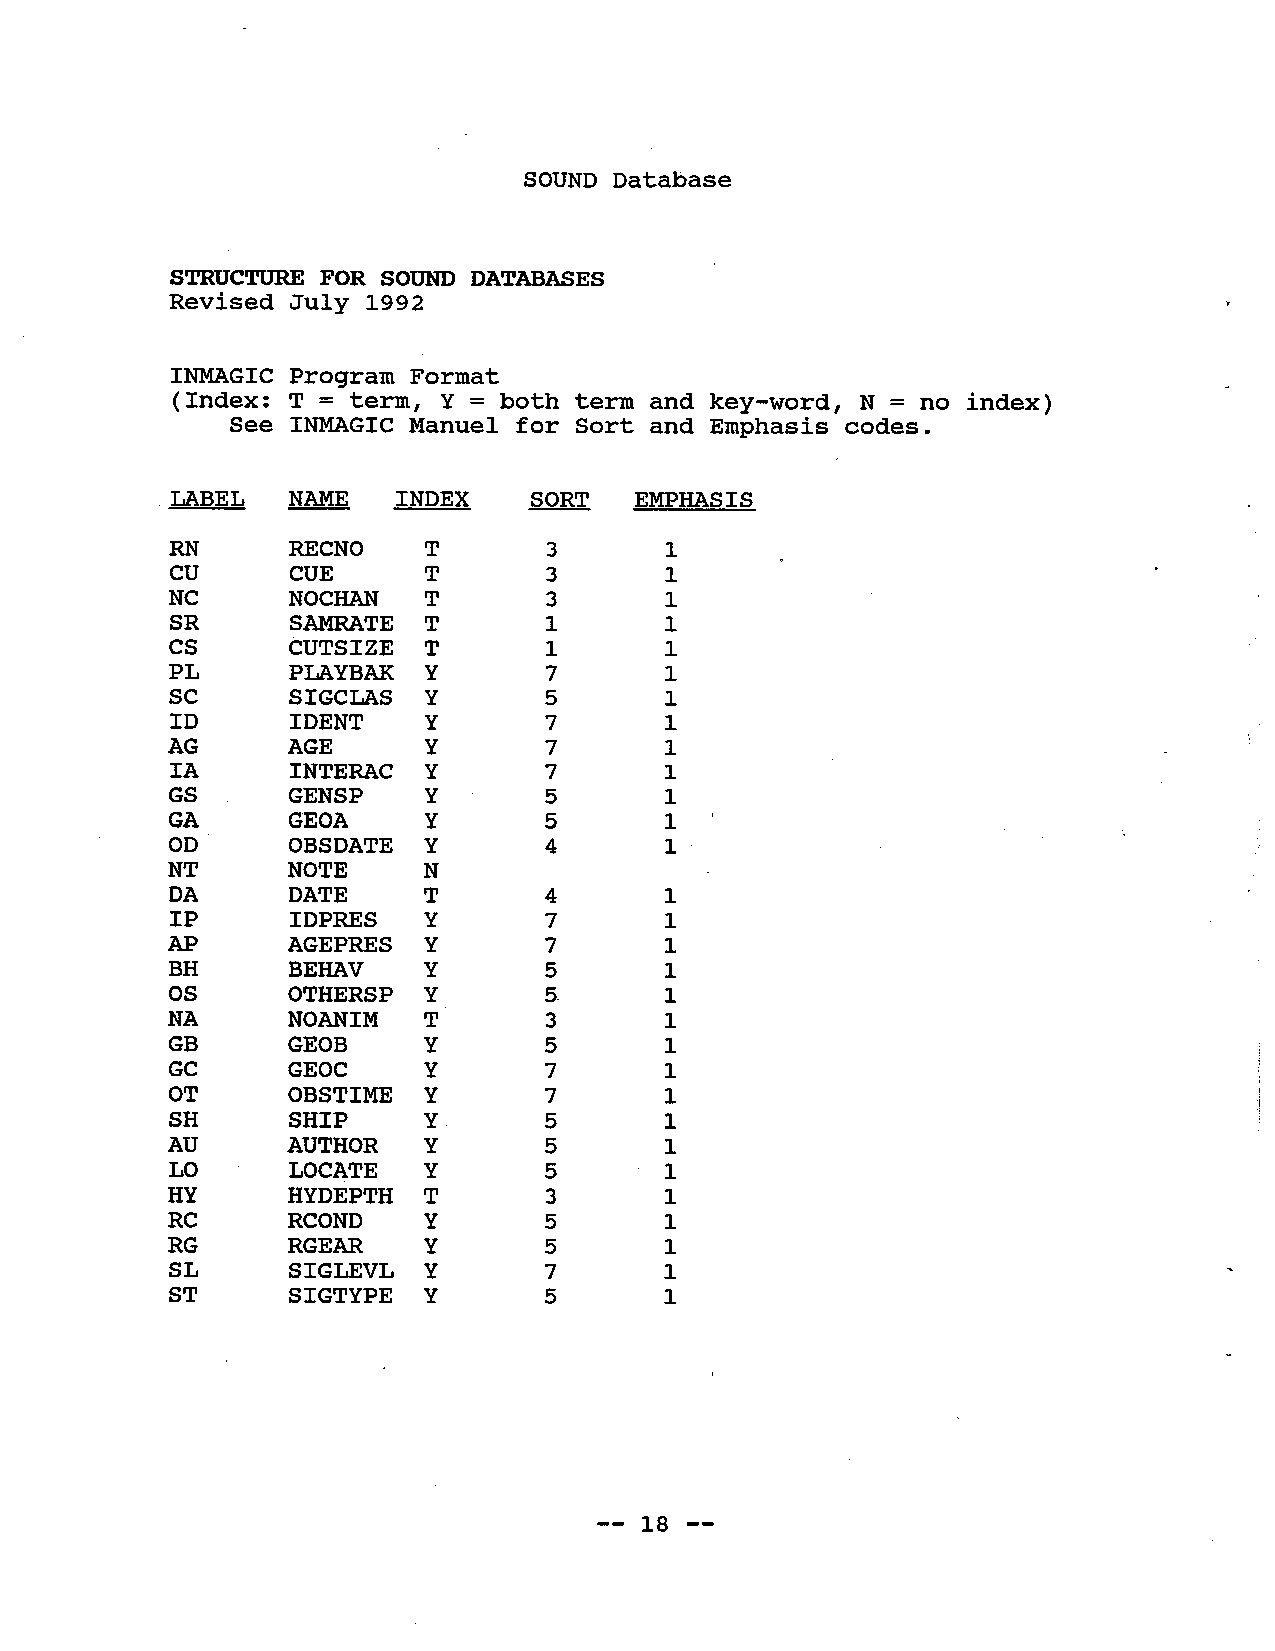
SOUND Database
 STRUCTU   FOR SOUN
 DATABASES
 Revised July 1992
 INMGIC  Program Format
 ( Index: T = term, Y = both term and key-word, N = no index)
 See INMGIC  Manuel  for Sort and Emphasis codes.
 LABEL   NAM    INDEX    SORT   EMPHASIS
 RN      RECNO    T       3       1
 CU      CUE      T       3       1
 NC      NOCHA    T       3       1
 SR      SAMTE    T       1       1
 CS      CUTSIZE  T       1       1
 PL      PLAYBAK  Y       7       1
 SC      SIGCLAS  Y       5       1
 ID      IDENT    Y       7       1
 i
 AG      AGE      Y       7
 IA      INTERAC  Y       7       1
 GS      GENSP    Y       5       1
 GA      GEOA     Y       5       1
 OD      OBSDATE  Y       4       1 '
 NT      NOTE     N
 DA      DATE     T       4       1
 IP      IDPRES   Y       7       1
 AP               Y       7       1
 AGE PRE S
 BH      BEHA V   Y       5       1
 OS      OTHERSP  Y       5       1
 NA      NOANIM   T       3       1
 GB      GEOB     Y       5       1
 GC      GEOC     Y       7       1
 OT      OBSTIME  Y       7       1
 SH      SHIP     Y       5       1
 AU      AUTHOR   Y       5       1
 LO      LOCATE   Y       5       1
 HY      HYDEPTH  T       3       1
 RC      RCOND    Y       5       1
 RG      RGEAR    Y       5       1
 SL      SIGLEVL  Y       7       1
 ST      SIGTYPE  Y       5       1
 -- 18 --